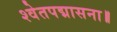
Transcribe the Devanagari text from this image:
श्वेतपद्मासना॥